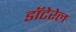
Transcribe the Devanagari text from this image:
डॉटेरेल